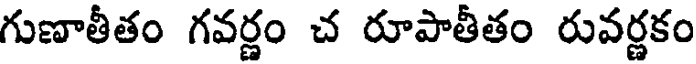
గుణాతీతం గవర్ణం చ రూపాతీతం రువర్ణకం